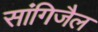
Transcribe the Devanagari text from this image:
सांगिजैल